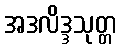
အဒလိဒ္ဒသုတ္တ